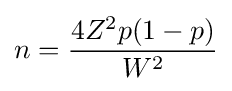
n={\frac {4Z^{2}p(1-p)}{W^{2}}}